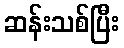
ဆန်းသစ်ပြီး